Report of the Indian Hemp Drugs Commission, 1894-1895 - Volume IV
Year: 1894
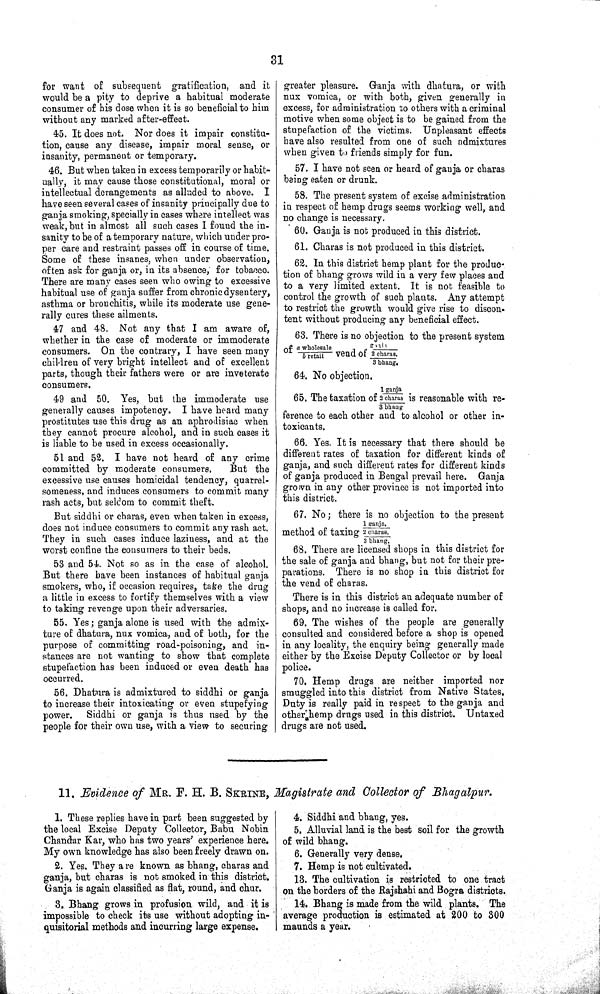
31
for want of subsequent gratification, and it
would be a pity to deprive a habitual moderate
consumer of his dose when it is so beneficial to him
without any marked after-effect.
45. It does not. Nor does it impair constitu-
tion, cause any disease, impair moral sense, or
insanity, permanent or temporary.
46. But when taken in excess temporarily or habit-
ually, it may cause those constitutional, moral or
intellectual derangements as alluded to above.
I
have seen several cases of insanity principally due to
ganja smoking, specially in cases where intellect was
weak, but in almost all such cases I found the in-
sanity to be of a temporary nature, which under pro-
per care and restraint passes off in course of time.
Some of these insanes, when under observation,
often ask for ganja or, in its absence, for tobacco.
There are many cases seen who owing to excessive
habitual use of ganja suffer from chronic dysentery,
asthma or bronchitis, while its moderate use gene-
rally cures these ailments.
47 and 48. Not any that I am aware of,
whether in the case of moderate or immoderate
consumers. On the contrary, I have seen many
children of very bright intellect and of excellent
parts, though their fathers were or are inveterate
consumers.
49 and 50. Yes, but the immoderate use
generally causes impotency. I have heard many
prostitutes use this drug as an aphrodisiac when
they cannot procure alcohol, and in such cases it
is liable to be used in excess occasionally.
51 and 52. I have not heard of any crime
committed by moderate consumers.
But the
excessive use causes homicidal tendency, quarrel-
someness, and induces consumers to commit many
rash acts, but seldom to commit theft.
But siddhi or charas, even when taken in excess,
does not induce consumers to commit any rash act.
They in such cases induce laziness, and at the
worst confine the consumers to their beds.
53 and 54. Not so as in the case of alcohol.
But there have been instances of habitual ganja
smokers, who, if occasion requires, take the drug
a little in excess to fortify themselves with a view
to taking revenge upon their adversaries.
55. Yes; ganja alone is used with the admix-
ture of dhatura, nux vomica, and of both, for the
purpose of committing road-poisoning, and in-
stances are not wanting to show that complete
stupefaction has been induced or even death has
occurred.
56. Dhatura is admixtured to siddhi or ganja
to increase their intoxicating or even stupefying
power.
Siddhi or ganja is thus used by the
people for their own use, with a view to securing
greater pleasure. Ganja with dhatura, or with
nux vomica, or with both, given generally in
excess, for administration to others with a criminal
motive when some object is to be gained from the
stupefaction of the victims. Unpleasant effects
have also resulted from one of such admixtures
when given to friends simply for fun.
57. I have not seen or heard of ganja or charas
being eaten or drunk.
58. The present system of excise administration
in respect of hemp drugs seems working well, and
no change is necessary.
60. Ganja is not produced in this district.
61. Charas is not produced in this district.
62. In this district hemp plant for the produc-
tion of bhang grows wild in a very few places and
to a very limited extent. It is not feasible to
control the growth of such plants. Any attempt
to restrict the growth would give rise to discon-
tent without producing any beneficial effect.
63. There is no objection to the present system
of a wholesale/b retail vend of ganja/2 charas./3 bhang.
64. No objection.
65. The taxation of 1 ganj a/ 2 c h a r a s / 3 bhang is reasonable with re-
ference to each other and to alcohol or other in-
toxicants.
66. Yes. It is necessary that there should be
different rates of taxation for different kinds of
ganja, and such different rates for different kinds
of ganja produced in Bengal prevail here. Ganja
grown in any other province is not imported into
this district.
67. No; there is no objection to the present
method of taxing 1 g a n j a . / 2 c h a r a s . / 3 bhang.
68. There are licensed shops in this district for
the sale of ganja and bhang, but not for their pre-
parations. There is no shop in this district for
the vend of charas.
There is in this district an adequate number of
shops, and no increase is called for.
69. The wishes of the people are generally
consulted and considered before a shop is opened
in any locality, the enquiry being generally made
either by the Excise Deputy Collector or by local
police.
70. Hemp drugs are neither imported nor
smuggled into this district from Native States,
Duty is really paid in respect to the ganja and
other hemp drugs used in this district.
Untaxed
drugs are not used.
11. Evidence of MR. F. H. B. SKRINE, Magistrate and Collector of Bhagalpur.
1. These replies have in part been suggested by
the local Excise Deputy Collector, Babu Nobin
Chandar Kar, who has two years' experience here.
My own knowledge has also been freely drawn on.
2. Yes. They a re known as bhang, charas and
ganja, but charas is not smoked in this district.
Ganja is again classified as flat, round, and chur.
3. Bhang grows in profusion wild, and it is
impossible to check its use without adopting in-
quisitorial methods and incurring large expense.
4. Siddhi and bhang, yes.
5. Alluvial land is the best soil for the growth
of wild bhang.
6. Generally very dense.
7. Hemp is not cultivated.
13. The cultivation is restricted to one tract
on the borders of the Rajshahi and Bogra districts.
14. Bhang is made from the wild plants. The
average production is estimated at 200 to 300
maunds a year.